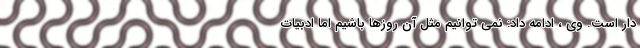
دار است. وی ، ادامه داد: نمی توانیم مثل آن روزها باشیم اما ادبیات